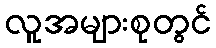
လူအများစုတွင်